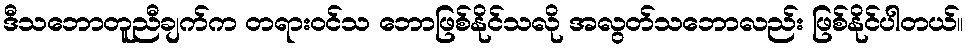
ဒီသဘောတူညီချက်က တရားဝင်သ ဘောဖြစ်နိုင်သလို အလွတ်သဘောလည်း ဖြစ်နိုင်ပါတယ်။